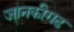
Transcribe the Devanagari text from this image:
जानकीगढ